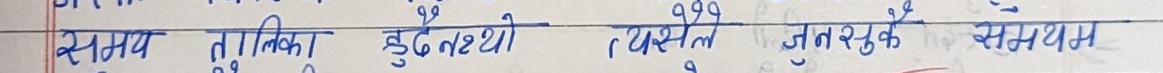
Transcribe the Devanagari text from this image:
समय तुलिका ढुंढ रही थी व्यस्त जुनरसेक समय